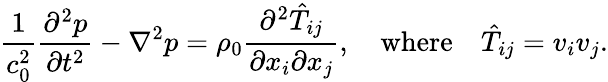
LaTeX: {\frac{1}{c_{0}^{2}}}{\frac{\partial^{2}p}{\partial t^{2}}}-\nabla^{2}p=\rho_{0}{\frac{\partial^{2}{\hat{T}}_{ij}}{\partial x_{i}\partial x_{j}}},\quad{\mathrm{where}}\quad{\hat{T}}_{ij}=v_{i}v_{j}.